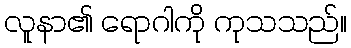
လူနာ၏ ရောဂါကို ကုသသည်။